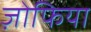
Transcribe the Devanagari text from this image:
ज़ोफिया